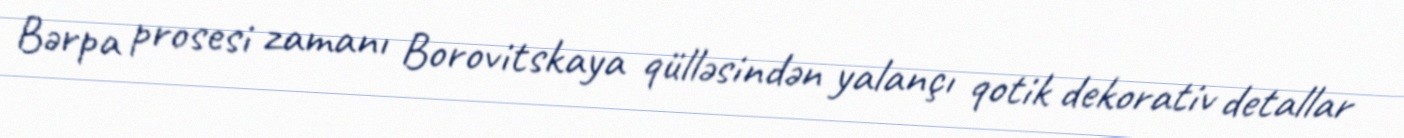
Bərpa prosesi zamanı Borovitskaya qülləsindən yalançı qotik dekorativ detallar